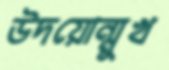
উদয়োন্মুখ